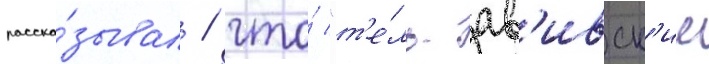
расска́зывал / что́ "т'е́ль-ав'ивск'ие